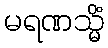
မရဏသ္မိံ